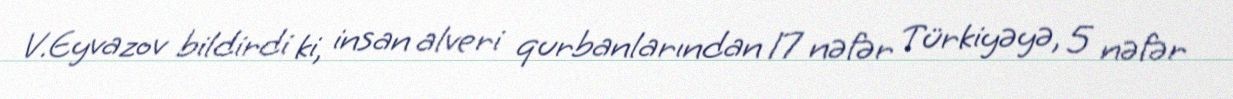
V.Eyvazov bildirdi ki, insan alveri qurbanlarından 17 nəfər Türkiyəyə, 5 nəfər